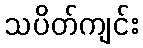
သပိတ်ကျင်း